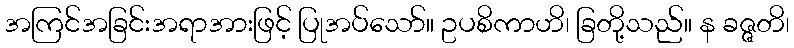
အကြင်အခြင်းအရာအားဖြင့် ပြုအပ်သော်။ ဥပစိကာဟိ၊ ခြတို့သည်။ န ခဇ္ဇတိ၊